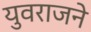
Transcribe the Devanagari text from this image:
युवराजने